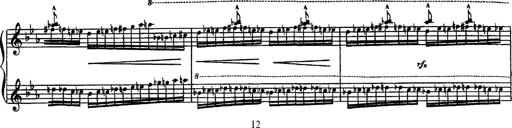
Title: Fantaisie sur des motifs favoris de l'opÃ©ra 'La sonnambula'
Composer: Franz Liszt